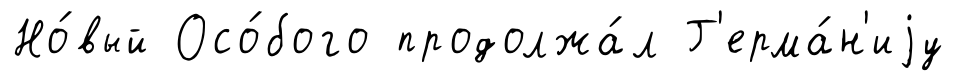
Но́вый Осо́бого продолжа́л Г'ерма́н'иjу